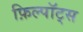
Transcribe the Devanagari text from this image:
फ़िल्पॉट्स